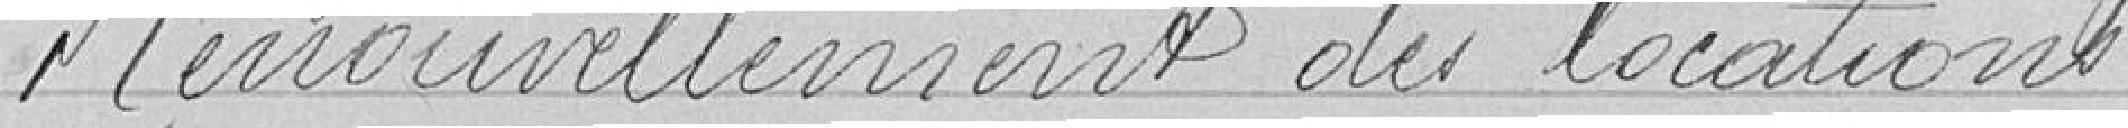
Renouvellement des locations